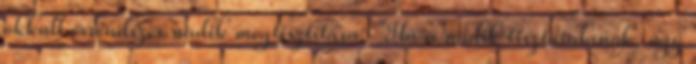
okkult érrendszer nádik megtisztítása: "Ha a nádik tisztátalanok, úgy